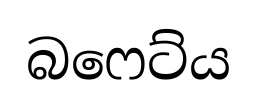
බෆෙට්ය